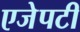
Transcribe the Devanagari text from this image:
एजेपटी